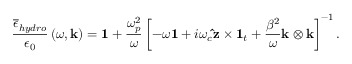
\frac { \overline { { \epsilon } } _ { h y d r o } } { \epsilon _ { 0 } } \left( \omega , \mathbf { k } \right) = \mathbf { 1 } + \frac { \omega _ { p } ^ { 2 } } { \omega } \left[ - \omega \mathbf { 1 } + i \omega _ { c } \mathbf { \hat { z } } \times \mathbf { 1 } _ { t } + \frac { \beta ^ { 2 } } { \omega } \mathbf { k } \otimes \mathbf { k } \right] ^ { - 1 } .